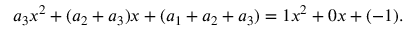
a _ { 3 } x ^ { 2 } + ( a _ { 2 } + a _ { 3 } ) x + ( a _ { 1 } + a _ { 2 } + a _ { 3 } ) = 1 x ^ { 2 } + 0 x + ( - 1 ) .